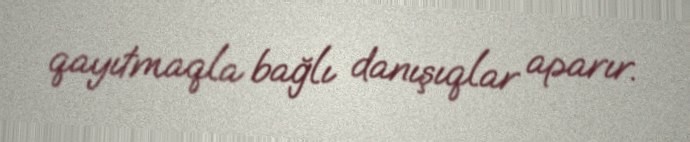
qayıtmaqla bağlı danışıqlar aparır.